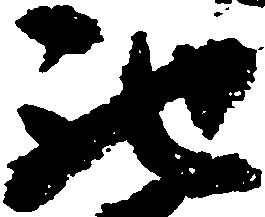
馳